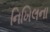
નિખિલના